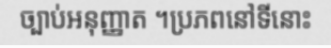
ច្បាប់អនុញ្ញាត ។ប្រភពនៅទីនោះ